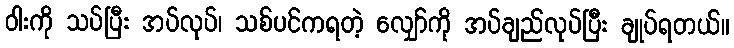
ဝါးကို သပ်ပြီး အပ်လုပ်၊ သစ်ပင်ကရတဲ့ လျှော်ကို အပ်ချည်လုပ်ပြီး ချုပ်ရတယ်။